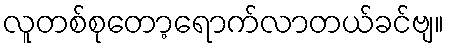
လူတစ်စုတော့ရောက်လာတယ်ခင်ဗျ။